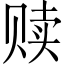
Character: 赎